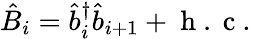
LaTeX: \hat{B}_{i}=\hat{b}_{i}^{\dagger}\hat{b}_{i+1}+\mathrm{~h~.~c~.~}